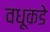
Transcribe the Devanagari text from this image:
वधूकडे